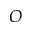
O